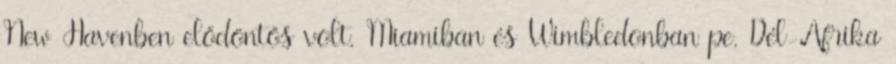
New Havenben elődöntős volt, Miamiban és Wimbledonban pe. Dél-Afrika